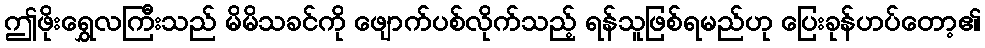
ဤဖိုးရွှေလကြီးသည် မိမိသခင်ကို ဖျောက်ပစ်လိုက်သည့် ရန်သူဖြစ်ရမည်ဟု ပြေးခုန်ဟပ်တော့၏